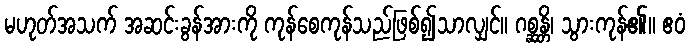
မဟုတ်အသက် အဆင်းခွန်အားကို ကုန်စေကုန်သည်ဖြစ်၍သာလျှင်။ ဂစ္ဆန္တိ၊ သွားကုန်၏။ ဧဝံ